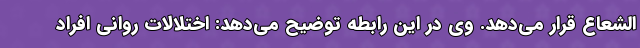
الشعاع قرار می‌دهد. وی در این رابطه توضیح می‌دهد: اختلالات روانی افراد